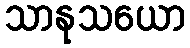
သာနုသယော